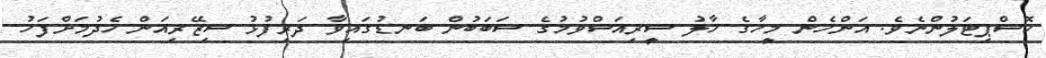
ހޮސްޕިޓަލުންނެވެ. އަންހެން މީހާގެ ހާލު ސީރިއަސްވުމުގެ ސަބަބުން ބަނޑުގައިވާ ދަރިފުޅު ސިޒޭރިއަން ހެދުމަށްފަހު